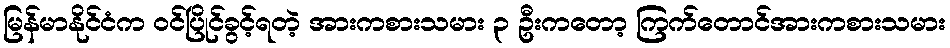
မြန်မာနိုင်ငံက ဝင်ပြိုင်ခွင့်ရတဲ့ အားကစားသမား ၃ ဦးကတော့ ကြက်တောင်အားကစားသမား